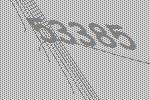
53385